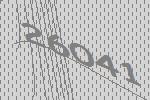
26041